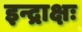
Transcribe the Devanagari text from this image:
इन्द्राक्षः